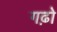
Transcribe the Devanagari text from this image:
गढ़ो